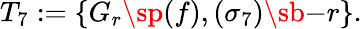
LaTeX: T_{7}:=\{ G_{r}\sp{(f)},(\sigma_{7})\sb{-r}\} .